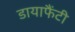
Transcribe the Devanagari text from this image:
डायाफैंटी